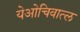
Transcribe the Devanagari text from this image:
येओचिवात्ल